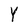
Character: Y